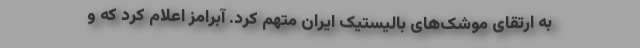
به ارتقای موشک‌های بالیستیک ایران متهم کرد. آبرامز اعلام کرد که و